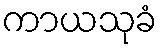
ကာယသုခံ